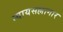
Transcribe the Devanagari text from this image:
न्यायसल्लागार